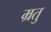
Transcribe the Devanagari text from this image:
म्रतु